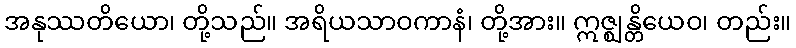
အနုဿတိယော၊ တို့သည်။ အရိယသာဝကာနံ၊ တို့အား။ ဣဇ္ဈန္တိယေဝ၊ တည်း။